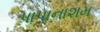
પાપાનાશમ